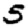
Digit: 5